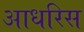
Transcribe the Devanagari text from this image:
आधरिस